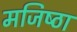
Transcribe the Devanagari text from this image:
मजिष्‍ठा